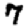
Digit: 7